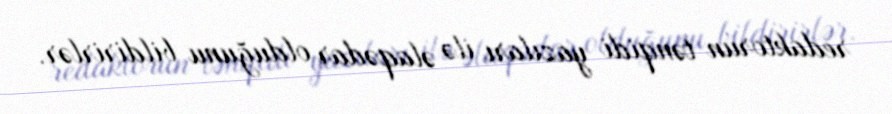
redaktorun tənqidi yazıları ilə əlaqədar olduğunu bildirirlər.